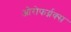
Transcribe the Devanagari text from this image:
ओरोफर्य्नक्स